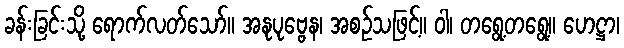
ခန်းခြင်းသို့ ရောက်လတ်သော်။ အနုပုဗ္ဗေန၊ အစဉ်သဖြင့်။ ဝါ၊ တရွေ့တရွေ့။ ဟေဋ္ဌာ၊